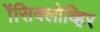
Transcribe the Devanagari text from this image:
ॲेसिक्लोव्हिर